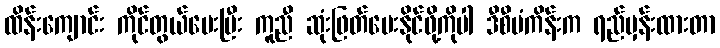
ထိန်းကျောင်း ကိုင်တွယ်ပေးပြီး ကူညီ ဆုံးဖြတ်ပေးနိုင်ဖို့ကိုပါ ဒီစီမံကိန်းက ရည်မှန်းထားတာ